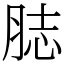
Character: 䏯